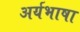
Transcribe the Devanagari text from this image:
अर्यभाषा